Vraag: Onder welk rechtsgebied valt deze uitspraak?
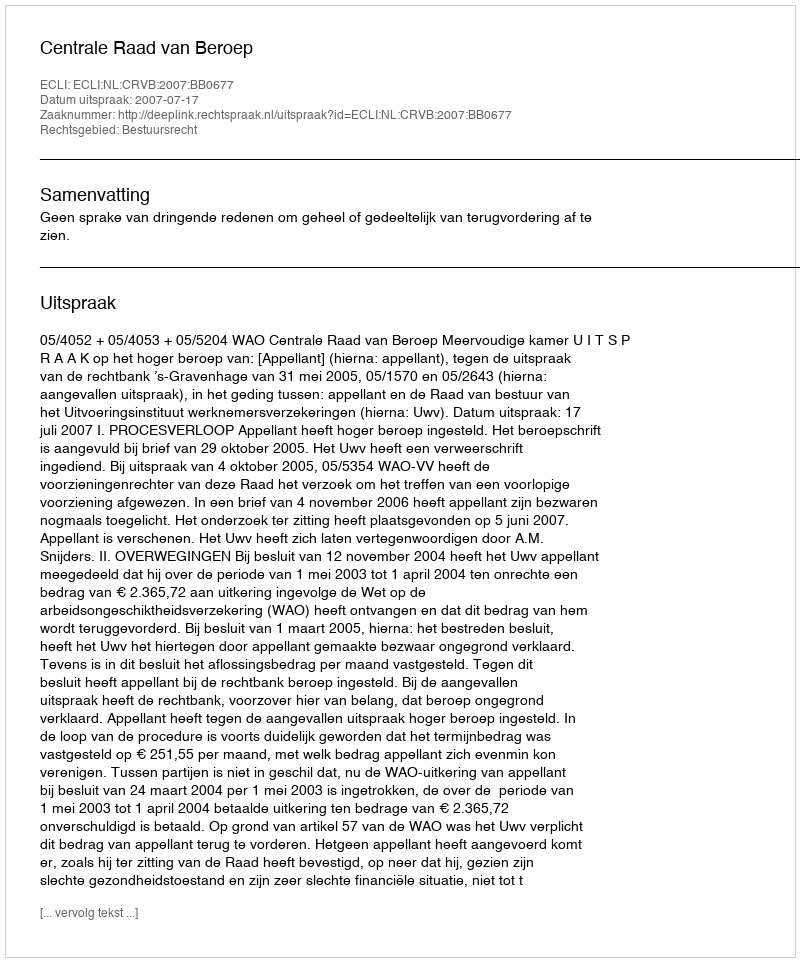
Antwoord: Bestuursrecht